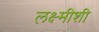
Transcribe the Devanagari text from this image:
लक्ष्मीशी